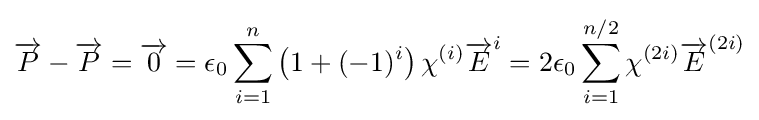
{\overrightarrow {P}}-{\overrightarrow {P}}={\overrightarrow {0}}=\epsilon _{0}\sum _{i=1}^{n}\left(1+(-1)^{i}\right)\chi ^{(i)}{\overrightarrow {E}}^{i}=2\epsilon _{0}\sum _{i=1}^{n/2}\chi ^{(2i)}{\overrightarrow {E}}^{(2i)}